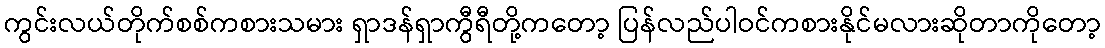
ကွင်းလယ်တိုက်စစ်ကစားသမား ရှာဒန်ရှာကွီရီတို့ကတော့ ပြန်လည်ပါဝင်ကစားနိုင်မလားဆိုတာကိုတော့